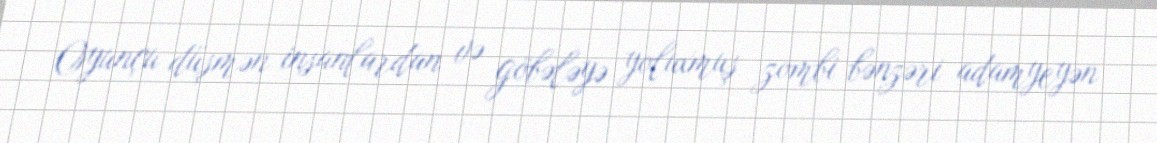
Oyunçu düşmən insanlardan və göbələyə yoluxmuş zombi bənzəri adamyeyən